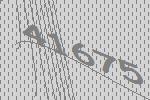
41675